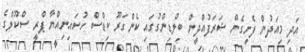
އަދި މިއަދުން ފެށިގެން ޝަރަފުއްދީން ބިލްޑިންގުގައި ކެންގަރޫ ކިޑްސް ހުސައިނިއްޔާ ޕްރީ ސްކޫލްގެ